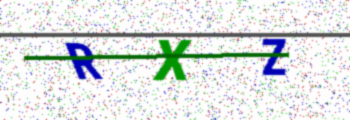
Text: RXZ